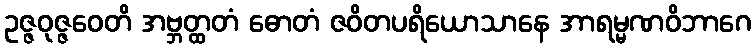
ဥဇ္ဇဝုဇ္ဇဝေတိ အဗ္ဘတ္ထတံ ဓောတံ ဇဝိတပရိယောသာနေ အာရမ္မဏဝိဘာဂေ